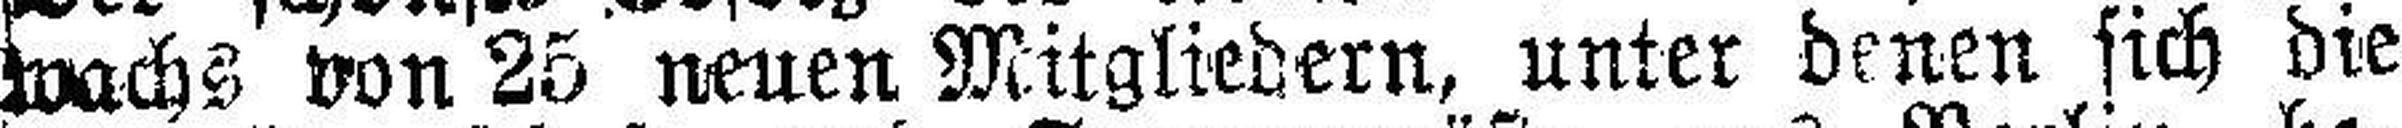
wachs von 25 neuen Mitgliedern, unter denen sich die